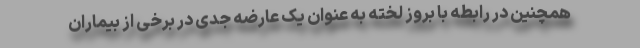
همچنین در رابطه با بروز لخته به عنوان یک عارضه جدی در برخی از بیماران